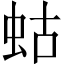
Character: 蛄